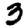
Digit: 3